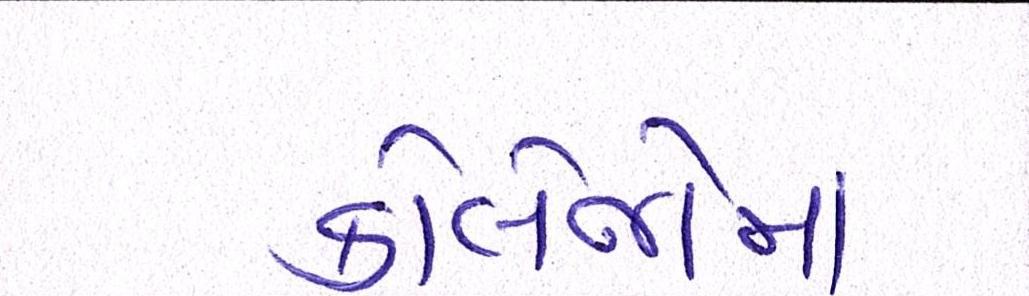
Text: કોલેજોમાં